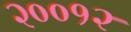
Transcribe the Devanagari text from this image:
२००१२